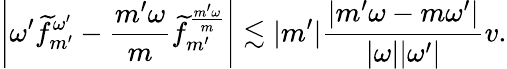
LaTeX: \left|{\omega^{\prime}}\widetilde{f}_{m^{\prime}}^{\omega^{\prime}}-\frac{m^{\prime}\omega}{m}\widetilde{f}_{m^{\prime}}^{\frac{m^{\prime}\omega}{m}}\right|\lesssim|m^{\prime}|\frac{|m^{\prime}\omega-m{\omega^{\prime}}|}{|\omega||{\omega^{\prime}}|}v.